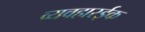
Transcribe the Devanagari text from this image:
व्यवहारईक